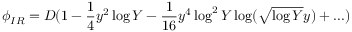
\phi _ { I R } = D ( 1 - { \frac { 1 } { 4 } } y ^ { 2 } \log Y - { \frac { 1 } { 1 6 } } y ^ { 4 } \log ^ { 2 } Y \log ( \sqrt { \log Y } y ) + . . . )